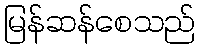
မြန်ဆန်စေသည်